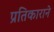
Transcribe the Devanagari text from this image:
प्रतिकाराने